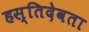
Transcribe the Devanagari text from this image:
हस्तिदेवता